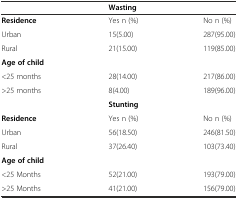
<table><thead><tr><td></td><td colspan="2"><b>Wasting</b></td></tr></thead><tbody><tr><td><b>Residence</b></td><td>Yes n (%)</td><td>No n (%)</td></tr><tr><td>Urban</td><td>15(5.00)</td><td>287(95.00)</td></tr><tr><td>Rural</td><td>21(15.00)</td><td>119(85.00)</td></tr><tr><td><b>Age of child</b></td><td></td><td></td></tr><tr><td>&lt;25 months</td><td>28(14.00)</td><td>217(86.00)</td></tr><tr><td>&gt;25 months</td><td>8(4.00)</td><td>189(96.00)</td></tr><tr><td></td><td colspan="2"><b>Stunting</b></td></tr><tr><td><b>Residence</b></td><td>Yes n (%)</td><td>No n (%)</td></tr><tr><td>Urban</td><td>56(18.50)</td><td>246(81.50)</td></tr><tr><td>Rural</td><td>37(26.40)</td><td>103(73.40)</td></tr><tr><td><b>Age of child</b></td><td></td><td></td></tr><tr><td>&lt;25 Months</td><td>52(21.00)</td><td>193(79.00)</td></tr><tr><td>&gt;25 Months</td><td>41(21.00)</td><td>156(79.00)</td></tr></tbody></table>